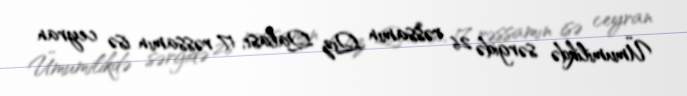
Ümumilikdə sərgidə 26 rəssamın Qız Qalası, 17 rəssamın isə ceyran